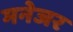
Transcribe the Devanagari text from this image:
मनेजर